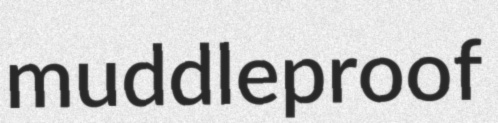
muddleproof